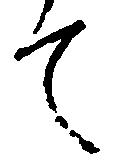
て